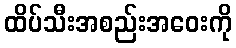
ထိပ်သီးအစည်းအဝေးကို